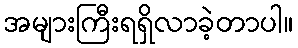
အများကြီးရရှိလာခဲ့တာပါ။